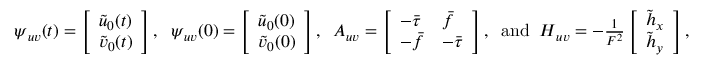
\begin{array} { r } { \boldsymbol { \psi } _ { u v } ( t ) = \left[ \begin{array} { l } { \tilde { u } _ { 0 } ( t ) } \\ { \tilde { v } _ { 0 } ( t ) } \end{array} \right] , \; \; \boldsymbol { \psi } _ { u v } ( 0 ) = \left[ \begin{array} { l } { \tilde { u } _ { 0 } ( 0 ) } \\ { \tilde { v } _ { 0 } ( 0 ) } \end{array} \right] , \; \; \boldsymbol { A } _ { u v } = \left[ \begin{array} { l l } { - \bar { \tau } } & { \bar { f } } \\ { - \bar { f } } & { - \bar { \tau } } \end{array} \right] , \; \; \mathrm { a n d } \; \; \boldsymbol { H } _ { u v } = - \frac { 1 } { F ^ { 2 } } \left[ \begin{array} { l } { \tilde { h } _ { x } } \\ { \tilde { h } _ { y } } \end{array} \right] , } \end{array}